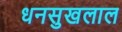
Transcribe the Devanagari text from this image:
धनसुखलाल